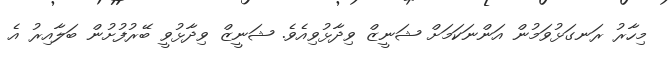
މިހާރު ރަނގަޅުވަމުން އަންނަކަމަށް ޝަނީޒް ވިދާޅުވިއެވެ. ޝަނީޒް ވިދާޅުވީ ބޭރުފުށުން ބަލާއިރު އެ